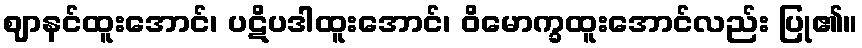
ဈာနင်ထူးအောင်၊ ပဋိပဒါထူးအောင်၊ ဝိမောက္ခထူးအောင်လည်း ပြု၏။